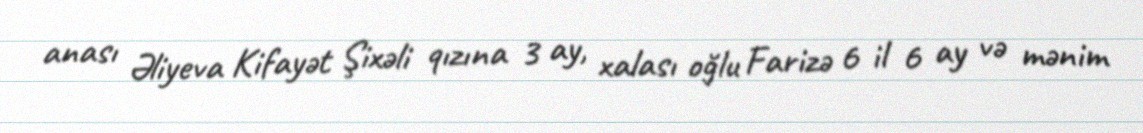
anası Əliyeva Kifayət Şixəli qızına 3 ay, xalası oğlu Farizə 6 il 6 ay və mənim